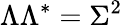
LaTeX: \Lambda\Lambda^{*}=\Sigma^{2}